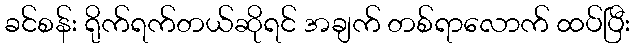
ခင်စန်း ရိုက်ရက်တယ်ဆိုရင် အချက် တစ်ရာလောက် ထပ်ပြီး